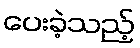
ပေးခဲ့သည့်